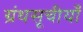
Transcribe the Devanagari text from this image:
ग्रंथसूचीयाँ